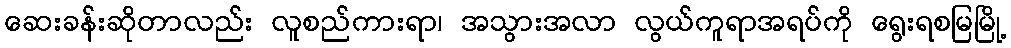
ဆေးခန်းဆိုတာလည်း လူစည်ကားရာ၊ အသွားအလာ လွယ်ကူရာအရပ်ကို ရွေးရစမြမြို့